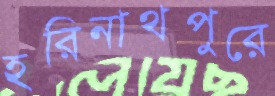
হরিনাথপুরে